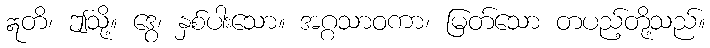
ဣတိ၊ ဤသို့။ ဒွေ၊ နှစ်ပါးသော။ အဂ္ဂသာဝကာ၊ မြတ်သော တပည့်တို့သည်။